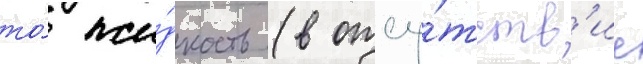
то́ жи́дкость (в отсу́тств'ие